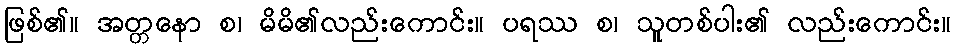
ဖြစ်၏။ အတ္တနော စ၊ မိမိ၏လည်းကောင်း။ ပရဿ စ၊ သူတစ်ပါး၏ လည်းကောင်း။